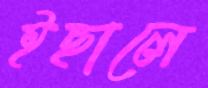
ইছালে